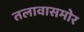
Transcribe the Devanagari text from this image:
तलावासमोर